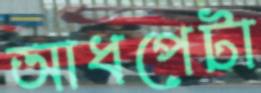
আধপেটা